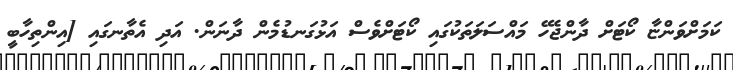
ކަމަށްވަންޏާ ކޯޓަށް ދާންޖެހޭ މައްސަލަތަކުގައި ކޯޓަށްވެސް އަޅުގަނޑުމެން ދާނަން. އަދި އެތާނގައި [އިންތިހާބީ